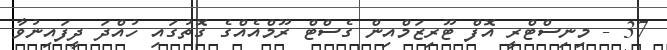
37 - މިނިސްޓްރީ އޮފް ޓޫރިޒަމްއިން ގެސްޓް ރޫމްއެއްގެ ގޮތުގައި ހުއްދަ ދީފައިނުވާ